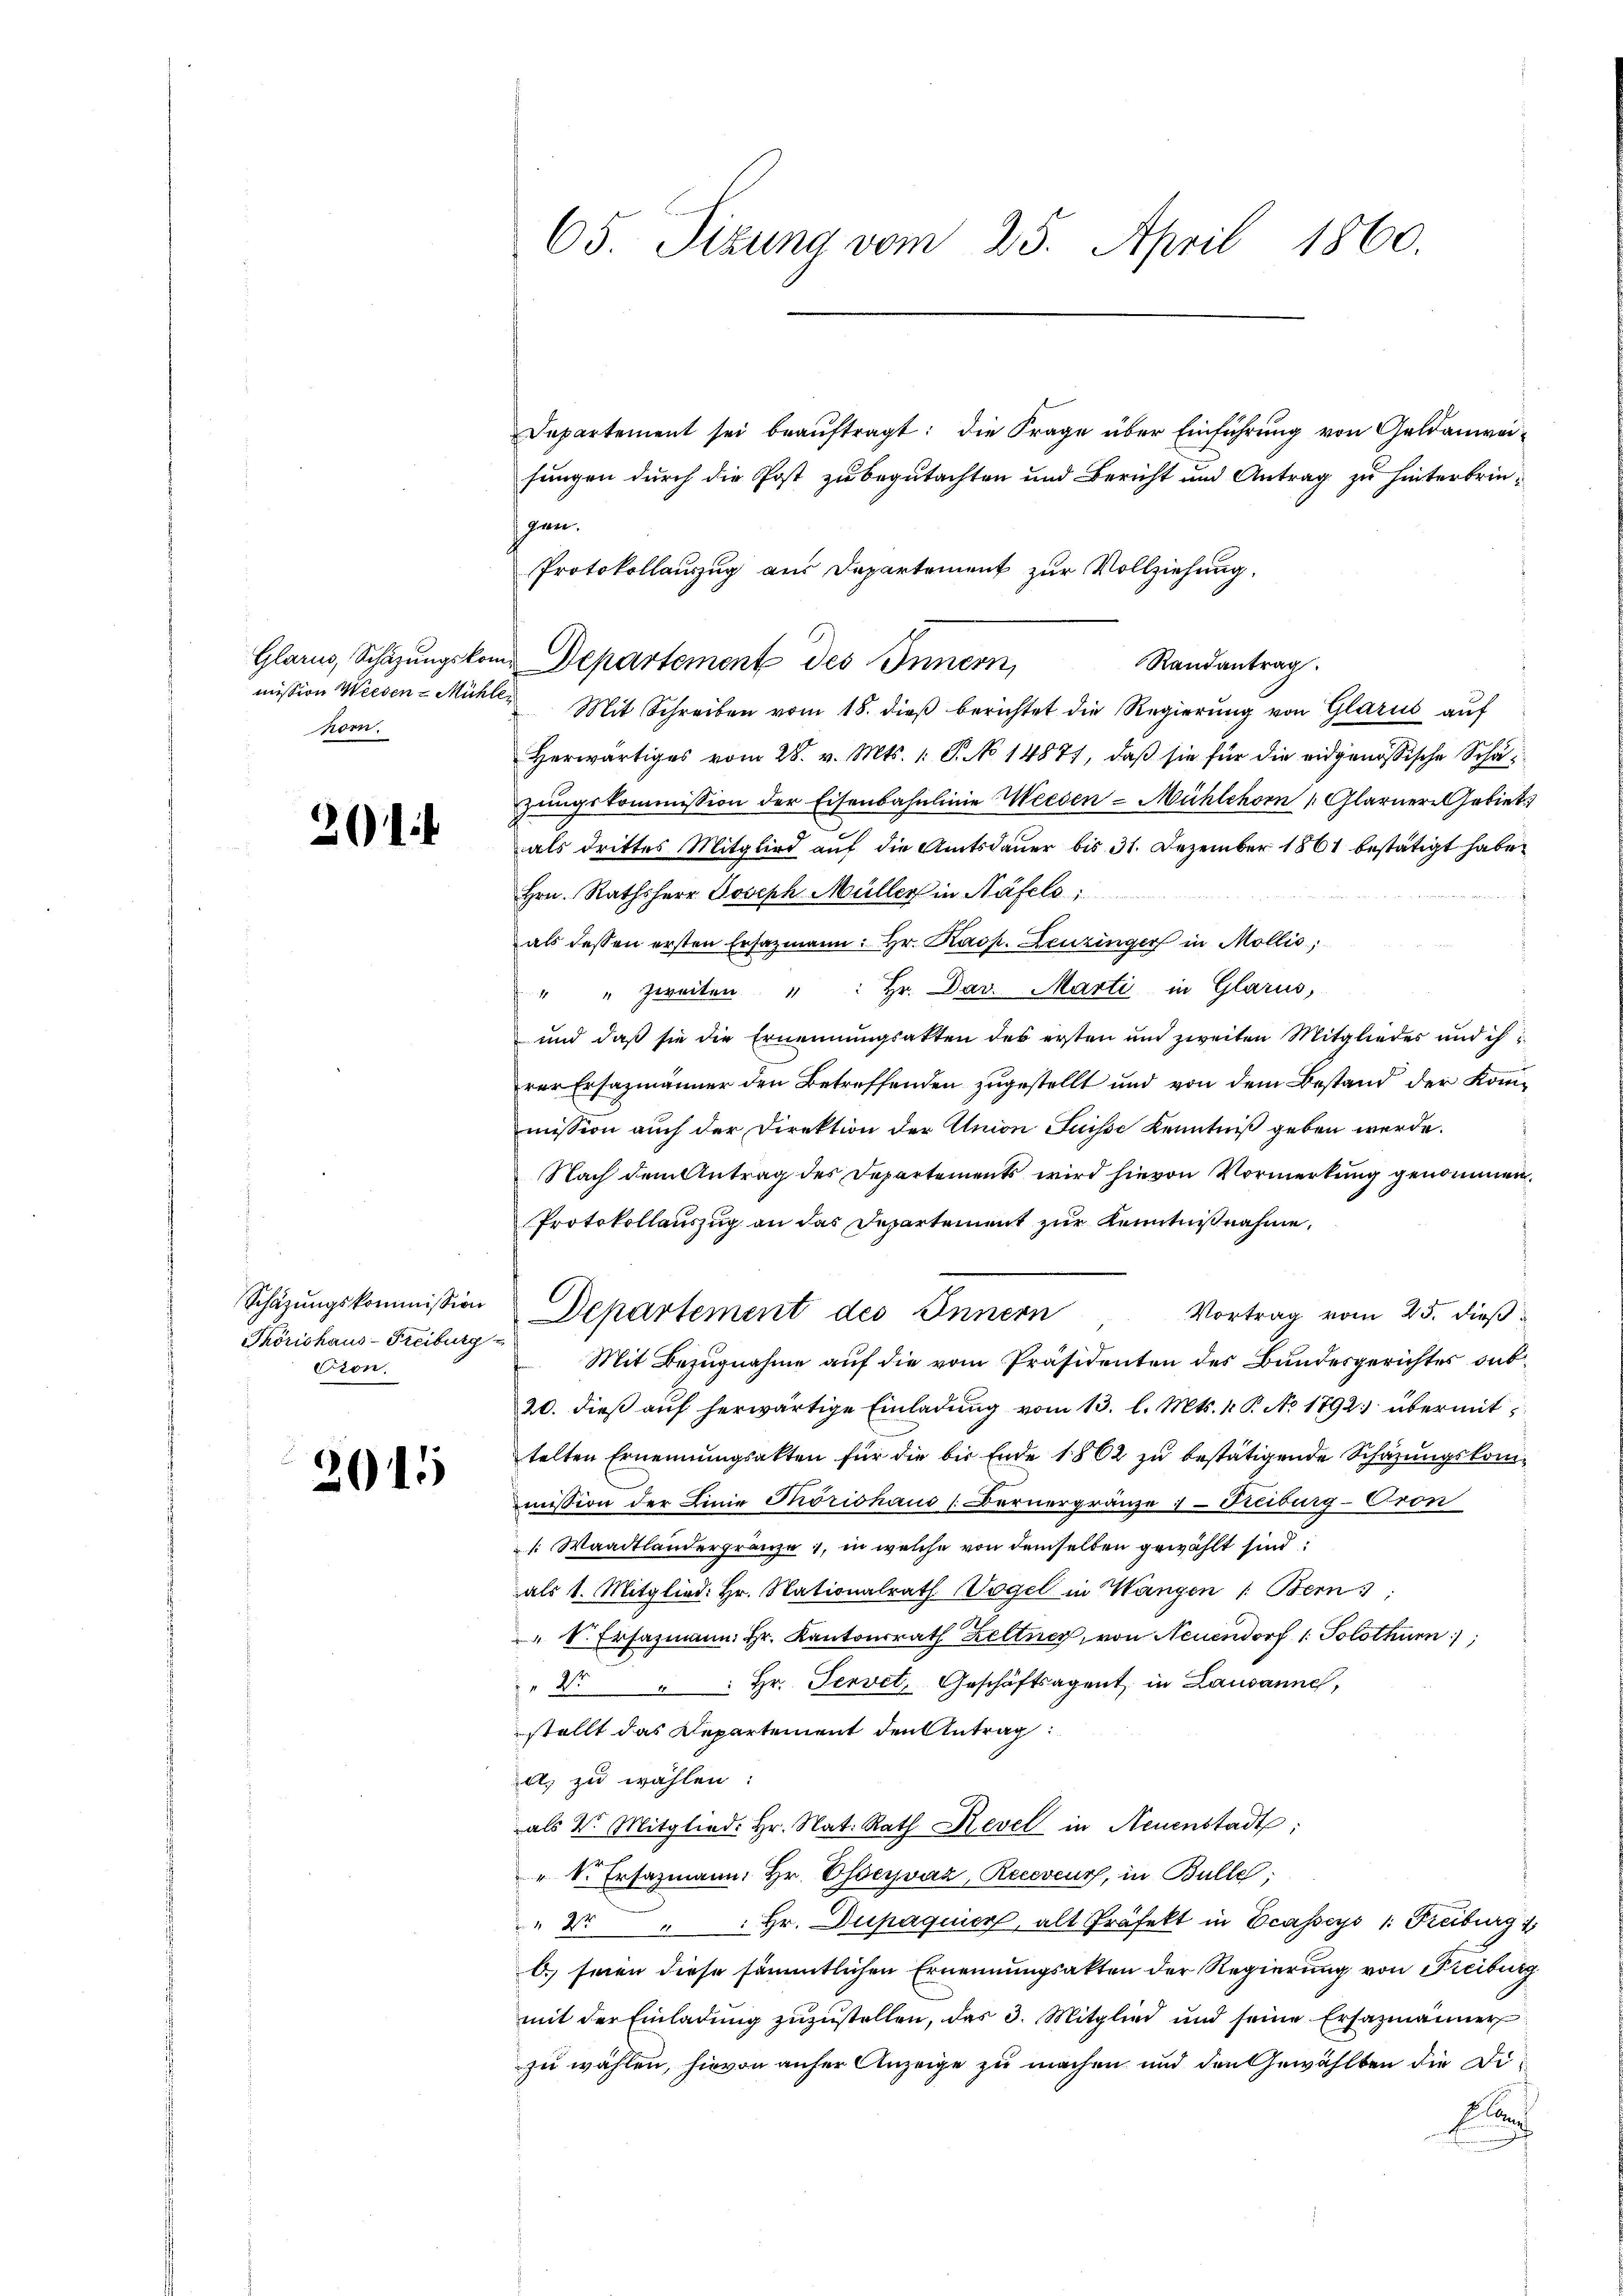
Glarus, Schazungskon
mission Wieden-Mühl
hom.

201

Schäzungskommission
Thörishaus-Freiburg
Eion.

2015

65. Sitzung vom 25. April 1860.

Departement sei beaŭftragt: die Frage über Einführung von Geldanweisungen durch die Post zu begutachten und Bericht und Antrag zu hinterbringen.
Protokollauszug aus Departement zur Vollziehung.
in Departement des Innern,
Randantrag.
 Mit Schreiben vom 18. dieβ berichtet die Regierŭng von Glarus auf
Herwärtiges vom 28. v. Mts. 1. P. No 14877, daβ sie für die eidgenössische Schazungskommission der Eisenbahnlinie Weesen-Mühlehorn 1 Glarnere Gebiet
als drittes Mitglied auf die Amtsdauer bis 31. Dezember 1861 bestätigt habe.
Hrn. Rathsherr Joseph Müller in Näfels
 verseitere es in die
als dessen ersten Ersatzmann: Hr. Kasp. Leuzinger in Mollis,
" " zweiten " " hr. Dav. Marti in Glarus,
und daß sie die Ernennungsakten des ersten und zweiten Mitglieder und ihrer Ersazmänner den Betreffenden zugestellt und von dem Bestand der Konmission auch der Direktion der Union Suisse Kenntniß geben werde.
Nach dem Antrag des Departements wird hievon Vormerkung genommen,
Protokollauszug an das Departement zur Kenntnißnahme.
Vortrag vom 25. dieß
Departement des Innern
Mit Bezugnahme auf die vom Präsidenten des Bundesgerichtes sub¬
20. dieβ aŭf herwärtige Einladŭng vom 13. l. Mts. 1. P. No 1792. übermit
telten Ernennungsakten für die bis Ende 1862 zu bestätigende Schazungskommission der Linie Thorishaus (Bernergränze Freiburg-Cron
 Waadtlandergränze, in welche von demselben gewählt sind
als 1. Mitglied: hr. Nationalrath Vogel in Wangen /: Bern 3;
 V. Ersazmann, Hr. Kantonsrath Zeltner, von Neuendorf 1. Solothurn,
" N. " " hr. Servet, Geschäftsagent in Lausanne,
stellt das Departement den Antrag:
al zu wählen:
als V. Mitglied. Hr. Nat. Rath Revel in Neuenstadt;
" Sr. Ersazmann, Hr. Oservaz, Receseurs, in Bulle;
 Hr. Dupaquier, alt Präfekt in casseys 1. Freiburg 1
C. seien diese sämmtlichen Ernennungsakten der Regierung von Freiburg
mit der Einladung zuzustellen, das 3. Mitglied und seine Ersazmänner
zu wählen, hievon anher Anzeige zu machen und den Gewählten die Di¬
E